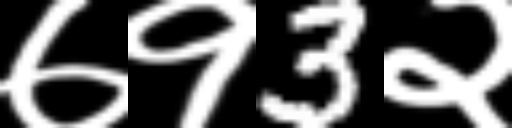
Text: ७१3२